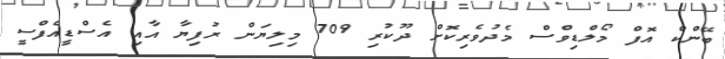
ބޭންކް އޮފް މޯލްޑިވްސް މެދުވެރިކޮށް ދޫކުރި 709 މިލިޔަން ރުފިޔާ އާއި އެސްޑީއެފްސީ